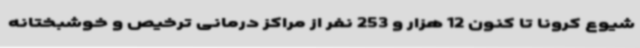
شیوع کرونا تا کنون 12 هزار و 253 نفر از مراکز درمانی ترخیص و خوشبختانه